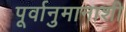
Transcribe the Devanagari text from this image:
पूर्वानुमानाशी